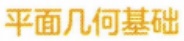
平面几何基础